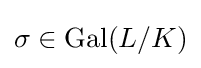
\sigma \in {\text{Gal}}(L/K)